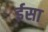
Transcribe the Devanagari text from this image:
र्इसा